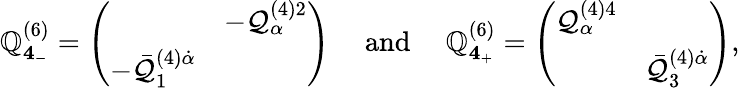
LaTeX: {\cal\mathbb{Q}}_{{\mathbf{4}}_{-}}^{(6)}=\left(\begin{array}{cc}{{}}&{{-{\cal Q}_{\alpha}^{(4)2}}}\\ {{-\bar{{\cal Q}}_{1}^{(4)\dot{\alpha}}}}&{{}}\end{array}\right)\quad\mathrm{{~and~}}\quad{\cal\mathbb{Q}}_{{\mathbf{4}}_{+}}^{(6)}=\left(\begin{array}{cc}{{{\cal Q}_{\alpha}^{(4)4}}}&{{}}\\ {{}}&{{\bar{{\cal Q}}_{3}^{(4)\dot{\alpha}}}}\end{array}\right),